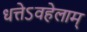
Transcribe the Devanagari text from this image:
धत्तेऽवहेलाम्